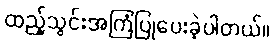
ထည့်သွင်းအကြံပြုပေးခဲ့ပါတယ်။